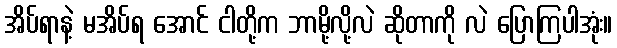
အိပ်ရာနဲ့ မအိပ်ရ အောင် ငါတို့က ဘာမို့လို့လဲ ဆိုတာကို လဲ ပြောကြပါအုံး။